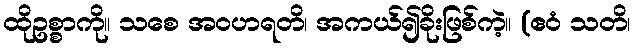
ထိုဥစ္စာကို။ သစေ အဝဟရတိ၊ အကယ်၍ခိုးဖြစ်ကဲ့။ (ဧဝံ သတိ၊